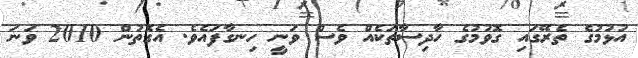
އުޅުމުގެ ތެރޭގައި ގޮވުމުގެ ހާދިސާތަކެއް ވެސް ވަނީ ހިނގާފައެވެ. އެގޮތުން 2010 ވަނަ